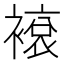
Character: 䙛